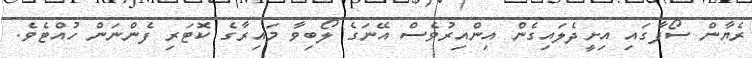
ރެޔާން ސޯފާގައި އިށީދެލައިގެން އިންއިރުވެސް އޭނަގެ ލޯބިވާ މައިރާގެ ކޮޓަރި ފެންނަން ހުއްޓެވެ.